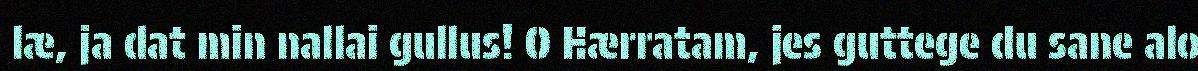
læ, ja dat min nallai gullus! O Hærratam, jes guttege du sane alo